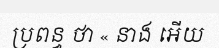
ប្រពន្ធ ថា « នាង អើយ